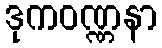
ဒုကဝဏ္ဏနာ